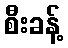
စီးခန့်